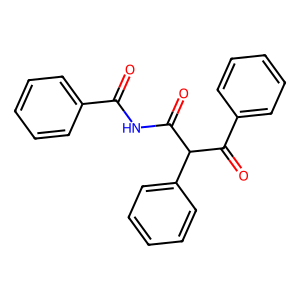
SMILES: O=C(NC(=O)C(C(=O)c1ccccc1)c1ccccc1)c1ccccc1
Inhibits HIV replication: No